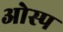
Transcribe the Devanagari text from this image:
ओस्प